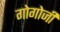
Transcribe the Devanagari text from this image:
गोगोजी